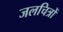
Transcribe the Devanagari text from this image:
जलचित्रों